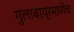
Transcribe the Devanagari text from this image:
गुलाबाप्रमाणेच